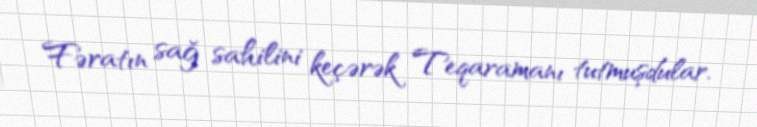
Fəratın sağ sahilini keçərək Teqaramanı tutmuşdular.